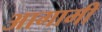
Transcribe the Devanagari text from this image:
अागामी